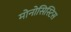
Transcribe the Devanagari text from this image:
मोनोसिस्टिस